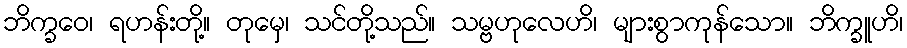
ဘိက္ခဝေ၊ ရဟန်းတို့။ တုမှေ၊ သင်တို့သည်။ သမ္ဗဟုလေဟိ၊ များစွာကုန်သော။ ဘိက္ခူဟိ၊